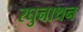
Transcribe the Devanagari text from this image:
रघुनाथन